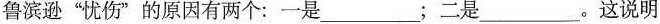
鲁滨逊”忧伤”的原因有两个：一是___；二是___。这说明